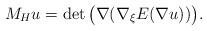
LaTeX: \begin{align*}M_H u = \det \big(\nabla (\nabla_\xi E(\nabla u))\big).\end{align*}